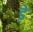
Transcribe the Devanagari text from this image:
ड़े